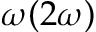
\omega ( 2 \omega )